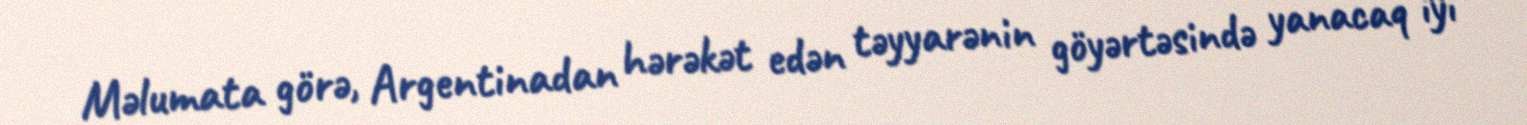
Məlumata görə, Argentinadan hərəkət edən təyyarənin göyərtəsində yanacaq iyi